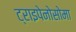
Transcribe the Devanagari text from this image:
ट्राइपेनोसोमा